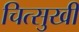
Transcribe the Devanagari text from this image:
चित्सुखी